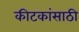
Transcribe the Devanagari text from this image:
कीटकांसाठी